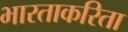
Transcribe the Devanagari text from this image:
भारताकरिता